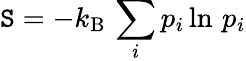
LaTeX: \mathtt{S}=-k_{\mathrm{{B}}}\, \sum_{i}p_{i}\ln\, p_{i}